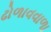
ઢોળાવવાળા